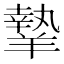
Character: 𦎷